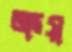
ক্রয়